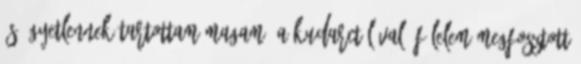
és ügyetlennek tartottam magam. A kudarctól való félelem megfosztott